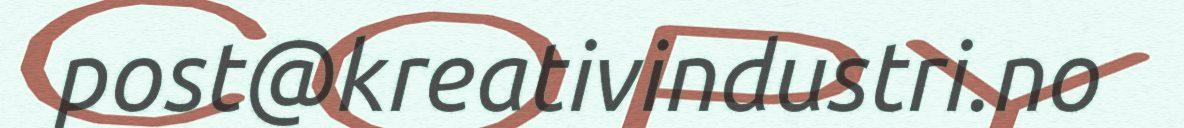
post@kreativindustri.no